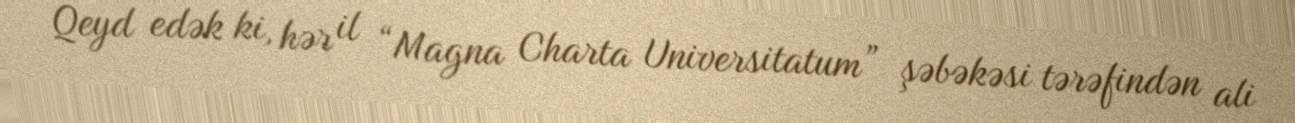
Qeyd edək ki, hər il “Magna Charta Universitatum” şəbəkəsi tərəfindən ali